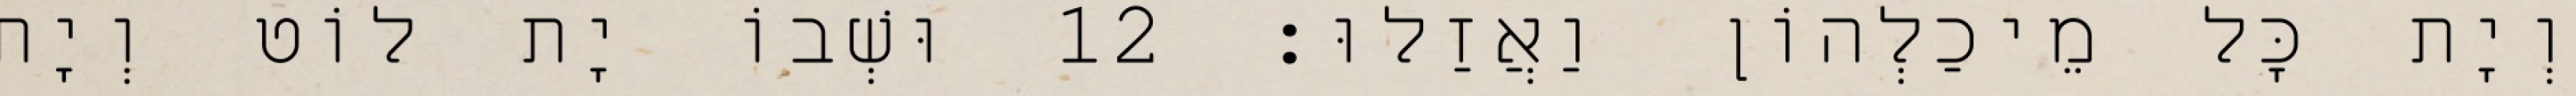
וְיָת כָּל מֵיכַלְהוֹן וַאֲזַלוּ׃ 12 וּשְׁבוֹ יָת לוֹט וְיָת